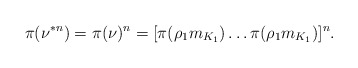
\begin{align*}\pi(\nu^{\ast n})=\pi(\nu)^n=[\pi(\rho_1 m_{K_1})\dots \pi(\rho_1 m_{K_1})]^n.\end{align*}